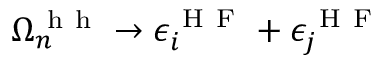
\Omega _ { n } ^ { \mathrm { ~ h ~ h ~ } } \to \epsilon _ { i } ^ { \mathrm { ~ H ~ F ~ } } + \epsilon _ { j } ^ { \mathrm { ~ H ~ F ~ } }